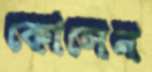
কোসেন